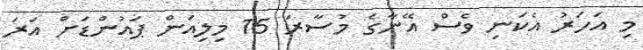
މި އަހަރު އެކަނި ވެސް އޭނާގެ މުސާރަ 15 މިލިއަން ޕައުންޑަށް އަރަ